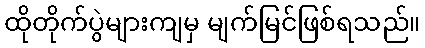
ထိုတိုက်ပွဲများကျမှ မျက်မြင်ဖြစ်ရသည်။